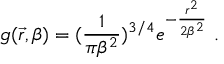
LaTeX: g ( \vec { r } , \beta ) = ( \frac { 1 } { \pi \beta ^ { 2 } } ) ^ { 3 / 4 } e ^ { - \frac { r ^ { 2 } } { 2 \beta ^ { 2 } } } \ .